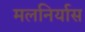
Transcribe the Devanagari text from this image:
मलनिर्यास